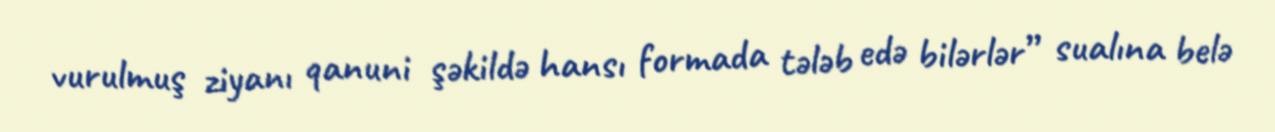
vurulmuş ziyanı qanuni şəkildə hansı formada tələb edə bilərlər” sualına belə